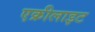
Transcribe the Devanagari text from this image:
एक्रीलाइट